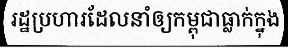
រដ្ឋប្រហារដែលនាំឲ្យកម្ពុជាធ្លាក់ក្នុង